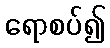
ရောစပ်၍